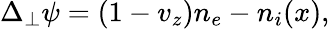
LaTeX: \begin{array}{r}{\Delta_{\perp}\psi=(1-v_{z})n_{e}-n_{i}(x),}\end{array}